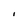
Character: i